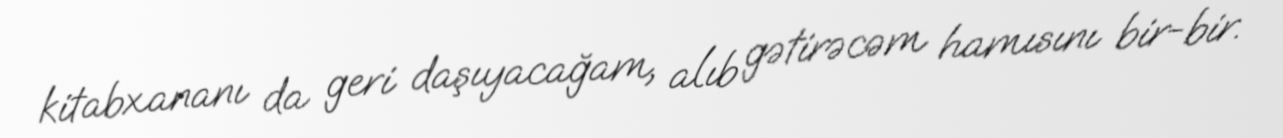
kitabxananı da geri daşıyacağam, alıb gətirəcəm hamısını bir-bir.